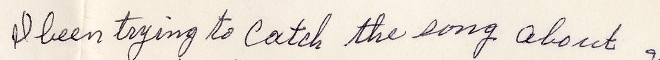
I been trying to catch the song about